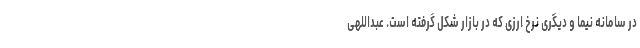
در سامانه نیما و دیگری نرخ ارزی که در بازار شکل گرفته است. عبداللهی